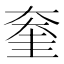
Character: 𡙔